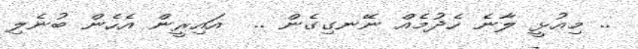
.. މިއުޅީ ލާނެ ހެދުމެއް ނޭނގިގެން ..  އައިރީން އެހެން ބުނެލި